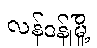
လန်ဒန်မြို့